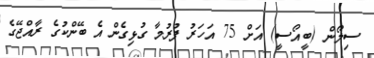
ސިލޯން (ބީއޯސީ) އަށް 75 އަހަރު ފުރުމާ ގުޅިގެން އެ ބޭންކުގެ ރާއްޖޭގެ